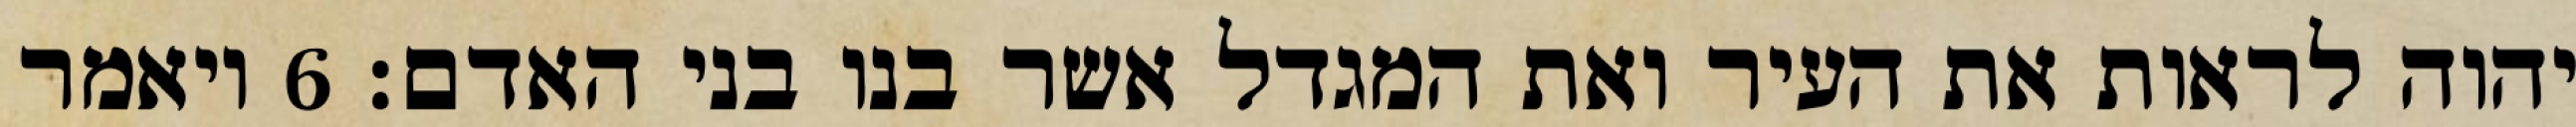
יהוה לראות את העיר ואת המגדל אשר בנו בני האדם׃ ‎6‏ ויאמר